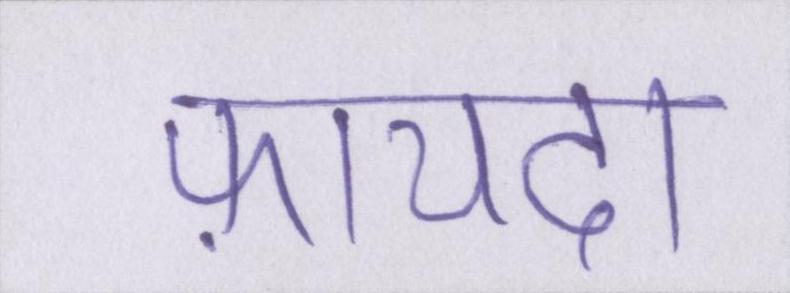
फ़ायदा